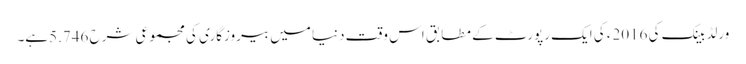
ورلڈ بینک کی 2016ء کی ایک رپورٹ کے مطابق اس وقت دنیا میں بیروزگاری کی مجموعی شرح 5.746ہے۔